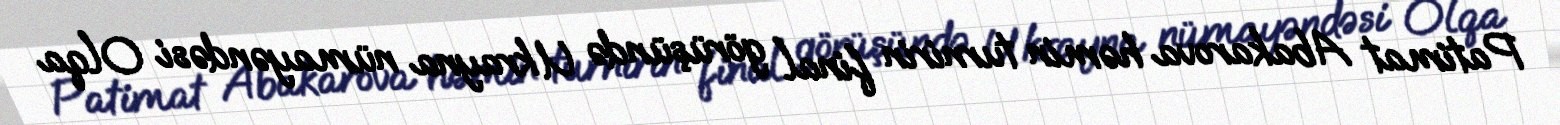
Patimat Abakarova həmin turnirin final görüşündə Ukrayna nümayəndəsi Olqa